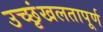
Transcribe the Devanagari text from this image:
उच्छृंखलतापूर्ण